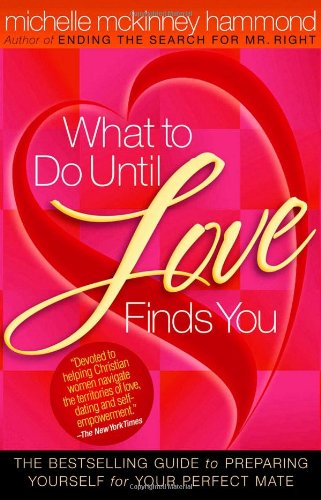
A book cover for What to Do Until Love Finds You: The Bestselling Guide to Preparing Yourself for Your Perfect Mate; Michelle McKinney Hammond; Self-Help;